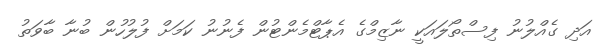
އަދި ގެއްލުނު ފިސްތޯލައަކީ ނާޒިމްގެ އެޕާޓްމެންޓުން ފެނުނު ކަމަށް ފުލުހުން ބުނާ ބާވަތު